Problem: 31 + 15 = ?
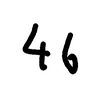
Handwritten answer: 46